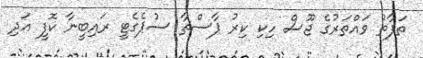
ތަފާތު ވަައްތަރުގެ ޖޫސް ހިކި ކިރު ޕާސްތާ ސުޕެގެޓީ ރައިބީނާ ކޮފީ އަދި